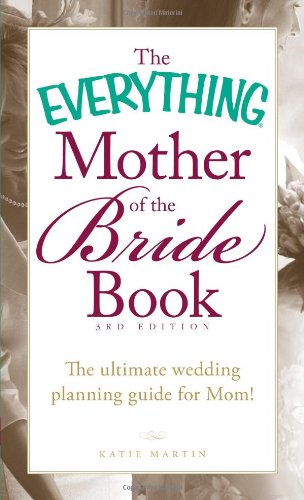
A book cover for The Everything Mother of the Bride Book: The Ultimate Wedding Planning Guide for Mom!; Katie Martin; Crafts, Hobbies & Home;